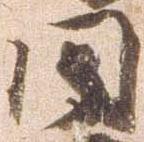
同